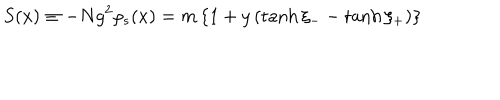
S ( x ) \equiv - N g ^ { 2 } \rho _ { s } ( x ) = m \left\{ 1 + y \left( \tanh \xi _ { - } - \tanh \xi _ { + } \right) \right\}